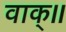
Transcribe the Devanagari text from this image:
वाक्॥